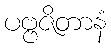
ပဗ္ဗဇိတာနံ